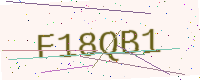
Text: F18QB1